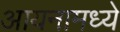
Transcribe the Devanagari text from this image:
आयनामध्ये